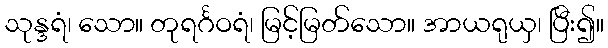
သုန္ဒရံ၊ သော။ တုရင်္ဂဝရံ၊ မြင့်မြတ်သော။ အာယရုယှ၊ ပြီး၍။